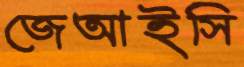
জেআইসি